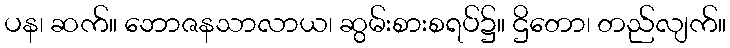
ပန၊ ဆက်။ ဘောဇနသာလာယ၊ ဆွမ်းစားစရပ်၌။ ဌိတော၊ တည်လျက်။